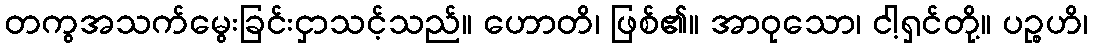
တကွအသက်မွေးခြင်းငှာသင့်သည်။ ဟောတိ၊ ဖြစ်၏။ အာဝုသော၊ ငါ့ရှင်တို့။ ပဉ္စဟိ၊